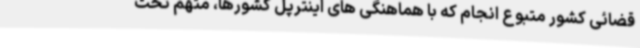
قضائی کشور متبوع انجام که با هماهنگی های اینترپل کشورها، متهم تحت